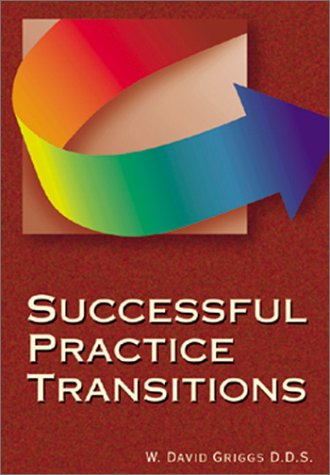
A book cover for Successful Practice Transitions; W. David Griggs; Medical Books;